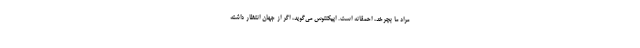
مراد ما بچرخد، احمقانه است. اپیکتتوس می‌گوید، اگر از جهان انتظار داشته